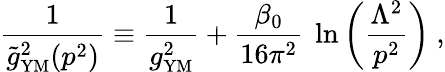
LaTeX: {\frac{1}{{\widetilde g}_{\mathrm{{\small YM}}}^{2}(p^{2})}}\equiv{\frac{1}{g_{\mathrm{{\small YM}}}^{2}}}+{\frac{\beta_{0}}{16\pi^{2}}}~\ln\left({\frac{\Lambda^{2}}{p^{2}}}\right)~,